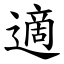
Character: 適